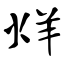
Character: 烊